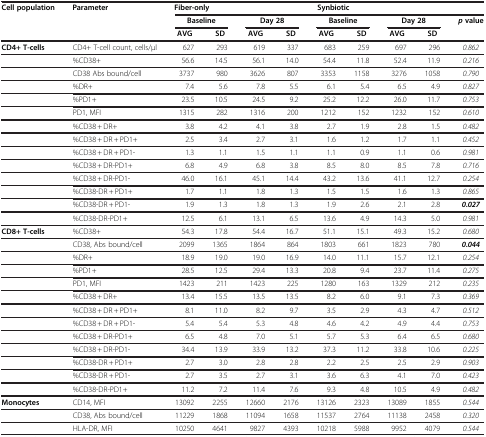
<table><thead><tr><td rowspan="3"><b>Cell population</b></td><td rowspan="3"><b>Parameter</b></td><td colspan="4"><b>Fiber-only</b></td><td colspan="4"><b>Synbiotic</b></td><td><b> </b></td></tr><tr><td colspan="2"><b>Baseline</b></td><td colspan="2"><b>Day 28</b></td><td colspan="2"><b>Baseline</b></td><td colspan="2"><b>Day 28</b></td><td rowspan="2"><b><i>p</i>value</b></td></tr><tr><td><b>AVG</b></td><td><b>SD</b></td><td><b>AVG</b></td><td><b>SD</b></td><td><b>AVG</b></td><td><b>SD</b></td><td><b>AVG</b></td><td><b>SD</b></td></tr></thead><tbody><tr><td><b>CD4+ T-cells</b></td><td>CD4+ T-cell count, cells/μl</td><td>627</td><td>293</td><td>619</td><td>337</td><td>683</td><td>259</td><td>697</td><td>296</td><td><i>0.862</i></td></tr><tr><td> </td><td>%CD38+</td><td>56.6</td><td>14.5</td><td>56.1</td><td>14.0</td><td>54.4</td><td>11.8</td><td>52.4</td><td>11.9</td><td><i>0.216</i></td></tr><tr><td> </td><td>CD38 Abs bound/cell</td><td>3737</td><td>980</td><td>3626</td><td>807</td><td>3353</td><td>1158</td><td>3276</td><td>1058</td><td><i>0.790</i></td></tr><tr><td> </td><td>%DR+</td><td>7.4</td><td>5.6</td><td>7.8</td><td>5.5</td><td>6.1</td><td>5.4</td><td>6.5</td><td>4.9</td><td><i>0.827</i></td></tr><tr><td> </td><td>%PD1+</td><td>23.5</td><td>10.5</td><td>24.5</td><td>9.2</td><td>25.2</td><td>12.2</td><td>26.0</td><td>11.7</td><td><i>0.753</i></td></tr><tr><td> </td><td>PD1, MFI</td><td>1315</td><td>282</td><td>1316</td><td>200</td><td>1212</td><td>152</td><td>1232</td><td>152</td><td><i>0.610</i></td></tr><tr><td> </td><td>%CD38 + DR+</td><td>3.8</td><td>4.2</td><td>4.1</td><td>3.8</td><td>2.7</td><td>1.9</td><td>2.8</td><td>1.5</td><td><i>0.482</i></td></tr><tr><td> </td><td>%CD38 + DR + PD1+</td><td>2.5</td><td>3.4</td><td>2.7</td><td>3.1</td><td>1.6</td><td>1.2</td><td>1.7</td><td>1.1</td><td><i>0.452</i></td></tr><tr><td> </td><td>%CD38 + DR + PD1-</td><td>1.3</td><td>1.1</td><td>1.5</td><td>1.1</td><td>1.1</td><td>0.9</td><td>1.1</td><td>0.6</td><td><i>0.981</i></td></tr><tr><td> </td><td>%CD38 + DR-PD1+</td><td>6.8</td><td>4.9</td><td>6.8</td><td>3.8</td><td>8.5</td><td>8.0</td><td>8.5</td><td>7.8</td><td><i>0.716</i></td></tr><tr><td> </td><td>%CD38 + DR-PD1-</td><td>46.0</td><td>16.1</td><td>45.1</td><td>14.4</td><td>43.2</td><td>13.6</td><td>41.1</td><td>12.7</td><td><i>0.254</i></td></tr><tr><td> </td><td>%CD38-DR + PD1+</td><td>1.7</td><td>1.1</td><td>1.8</td><td>1.3</td><td>1.5</td><td>1.5</td><td>1.6</td><td>1.3</td><td><i>0.865</i></td></tr><tr><td> </td><td>%CD38-DR + PD1-</td><td>1.9</td><td>1.3</td><td>1.8</td><td>1.3</td><td>1.9</td><td>2.6</td><td>2.1</td><td>2.8</td><td><b><i>0.027</i></b></td></tr><tr><td> </td><td>%CD38-DR-PD1+</td><td>12.5</td><td>6.1</td><td>13.1</td><td>6.5</td><td>13.6</td><td>4.9</td><td>14.3</td><td>5.0</td><td><i>0.981</i></td></tr><tr><td><b>CD8+ T-cells</b></td><td>%CD38+</td><td>54.3</td><td>17.8</td><td>54.4</td><td>16.7</td><td>51.1</td><td>15.1</td><td>49.3</td><td>15.2</td><td><i>0.680</i></td></tr><tr><td> </td><td>CD38, Abs bound/cell</td><td>2099</td><td>1365</td><td>1864</td><td>864</td><td>1803</td><td>661</td><td>1823</td><td>780</td><td><b><i>0.044</i></b></td></tr><tr><td> </td><td>%DR+</td><td>18.9</td><td>19.0</td><td>19.0</td><td>16.9</td><td>14.0</td><td>11.1</td><td>15.7</td><td>12.1</td><td><i>0.254</i></td></tr><tr><td> </td><td>%PD1+</td><td>28.5</td><td>12.5</td><td>29.4</td><td>13.3</td><td>20.8</td><td>9.4</td><td>23.7</td><td>11.4</td><td><i>0.275</i></td></tr><tr><td> </td><td>PD1, MFI</td><td>1423</td><td>211</td><td>1423</td><td>225</td><td>1280</td><td>163</td><td>1329</td><td>212</td><td><i>0.235</i></td></tr><tr><td> </td><td>%CD38 + DR+</td><td>13.4</td><td>15.5</td><td>13.5</td><td>13.5</td><td>8.2</td><td>6.0</td><td>9.1</td><td>7.3</td><td><i>0.369</i></td></tr><tr><td> </td><td>%CD38 + DR + PD1+</td><td>8.1</td><td>11.0</td><td>8.2</td><td>9.7</td><td>3.5</td><td>2.9</td><td>4.3</td><td>4.7</td><td><i>0.512</i></td></tr><tr><td> </td><td>%CD38 + DR + PD1-</td><td>5.4</td><td>5.4</td><td>5.3</td><td>4.8</td><td>4.6</td><td>4.2</td><td>4.9</td><td>4.4</td><td><i>0.753</i></td></tr><tr><td> </td><td>%CD38 + DR-PD1+</td><td>6.5</td><td>4.8</td><td>7.0</td><td>5.1</td><td>5.7</td><td>5.3</td><td>6.4</td><td>6.5</td><td><i>0.680</i></td></tr><tr><td> </td><td>%CD38 + DR-PD1-</td><td>34.4</td><td>13.9</td><td>33.9</td><td>13.2</td><td>37.3</td><td>11.2</td><td>33.8</td><td>10.6</td><td><i>0.225</i></td></tr><tr><td> </td><td>%CD38-DR + PD1+</td><td>2.7</td><td>3.0</td><td>2.8</td><td>2.8</td><td>2.2</td><td>2.5</td><td>2.5</td><td>2.9</td><td><i>0.903</i></td></tr><tr><td> </td><td>%CD38-DR + PD1-</td><td>2.7</td><td>3.5</td><td>2.7</td><td>3.1</td><td>3.6</td><td>6.3</td><td>4.1</td><td>7.0</td><td><i>0.423</i></td></tr><tr><td> </td><td>%CD38-DR-PD1+</td><td>11.2</td><td>7.2</td><td>11.4</td><td>7.6</td><td>9.3</td><td>4.8</td><td>10.5</td><td>4.9</td><td><i>0.482</i></td></tr><tr><td><b>Monocytes</b></td><td>CD14, MFI</td><td>13092</td><td>2255</td><td>12660</td><td>2176</td><td>13126</td><td>2323</td><td>13089</td><td>1855</td><td><i>0.544</i></td></tr><tr><td> </td><td>CD38, Abs bound/cell</td><td>11229</td><td>1868</td><td>11094</td><td>1658</td><td>11537</td><td>2764</td><td>11138</td><td>2458</td><td><i>0.320</i></td></tr><tr><td> </td><td>HLA-DR, MFI</td><td>10250</td><td>4641</td><td>9827</td><td>4393</td><td>10218</td><td>5988</td><td>9952</td><td>4079</td><td><i>0.544</i></td></tr></tbody></table>